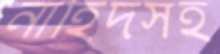
নাহিদসহ